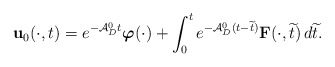
\begin{align*}\mathbf{u}_0 (\cdot ,t)=e^{-\mathcal{A}_D^0t}\boldsymbol{\varphi}(\cdot)+\int _0^t e^{-\mathcal{A}_D^0(t-\widetilde{t})}\mathbf{F}(\cdot ,\widetilde{t})\,d\widetilde{t}.\end{align*}